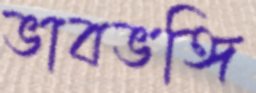
ভাবভঙ্গি